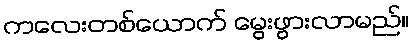
ကလေးတစ်ယောက် မွေးဖွားလာမည်။